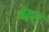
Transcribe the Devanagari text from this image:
बेहरा